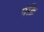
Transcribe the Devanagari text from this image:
पंक्रि